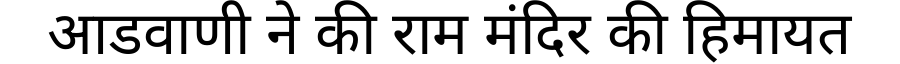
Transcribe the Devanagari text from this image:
आडवाणी ने की राम मंदिर की हिमायत